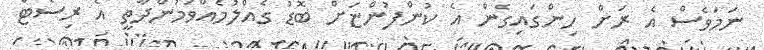
ނަމަވެސް އެ ރަށް ހިންގައިގެން އެ ކުންފުންޏަށް ބޮޑު ގެއްލުމެއްވަމުންދާތީ އެ ރިސޯޓް